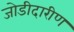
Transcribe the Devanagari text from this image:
जोडीदारीण